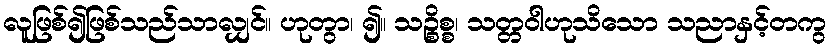
လူဖြစ်၍ဖြစ်သည်သာလျှင်။ ဟုတွာ၊ ၍။ သဉ္စိစ္စ၊ သတ္တဝါဟုသိသော သညာနှင့်တကွ